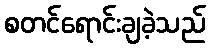
စတင်ရောင်းချခဲ့သည်